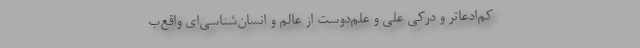
کم‌ادعاتر و درکی علّی و علم‌دوست از عالَم و انسان‌شناسی‌ای واقع‌ب